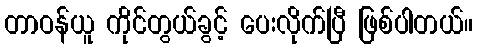
တာဝန်ယူ ကိုင်တွယ်ခွင့် ပေးလိုက်ပြီ ဖြစ်ပါတယ်။